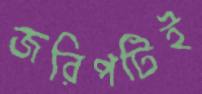
জরিপটিই